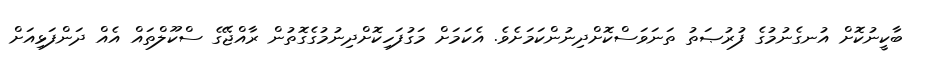
ބާކީނުކޮށް އުނގެނުމުގެ ފުރުޞަތު ތަނަވަސްކޮށްދިނުންކަމަށެވެ. އެކަމަށް މަގުފަހިކޮށްދިނުމުގެގޮތުން ރާއްޖޭގެ ސްކޫލްތައް އެއް ދަންފަޅިއަށް